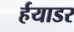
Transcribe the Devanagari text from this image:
र्हयाडर